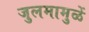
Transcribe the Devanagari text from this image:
जुलमामुळें